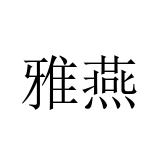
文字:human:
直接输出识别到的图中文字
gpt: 雅燕